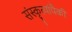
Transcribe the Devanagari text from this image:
संस्कृत्यांपैकी